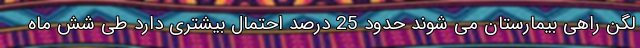
لگن راهی بیمارستان می شوند حدود 25 درصد احتمال بیشتری دارد طی شش ماه